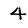
Digit: 4